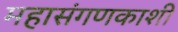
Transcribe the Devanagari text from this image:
महासंगणकाशी